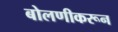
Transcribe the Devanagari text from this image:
बोलणीकरून